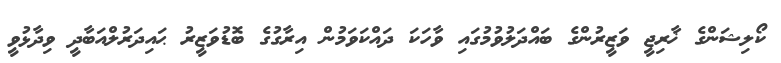
ކޯލިޝަންގެ ޚާރިޖީ ވަޒީރުންގެ ބައްދަލުވުމުގައި ވާހަކަ ދައްކަވަމުން އިރާގުގެ ބޮޑުވަޒީރު ޙައިދަރުލްއަބާދީ ވިދާޅުވީ